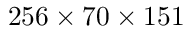
2 5 6 \times 7 0 \times 1 5 1